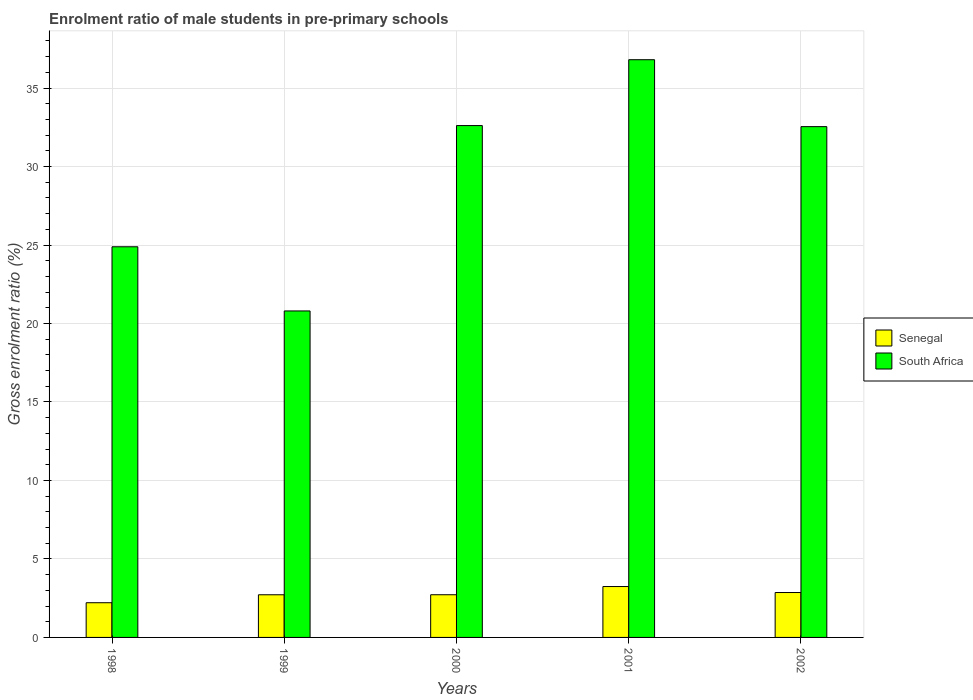
| Years | Senegal | South Africa |
 | --- | --- | --- |
 | 1998 | 2.21 | 24.9 |
 | 1999 | 2.72 | 20.8 |
 | 2000 | 2.72 | 32.6 |
 | 2001 | 3.24 | 36.8 |
 | 2002 | 2.86 | 32.5 |